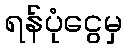
ရန်ပုံငွေမှ